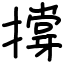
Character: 撐